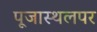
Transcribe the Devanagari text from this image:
पूजास्थलपर